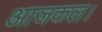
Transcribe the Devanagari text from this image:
आजकल।